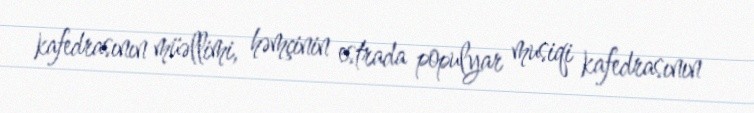
kafedrasının müəllimi, həmçinin estrada populyar musiqi kafedrasının